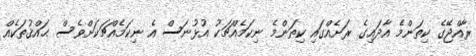
ރާއްޖޭގެ ކިތަންމެ އާދައިގެ ރަށެއްގައި ކިތަންމެ ނިކަމެއްޗަކު އުޅުނަސް އެ ނިކަމެއްޗަކަށްވެސް ޙައްޤުތަކެއް